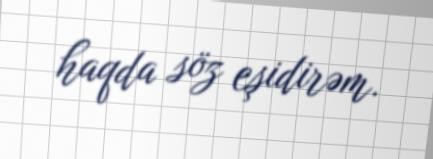
haqda söz eşidirəm.